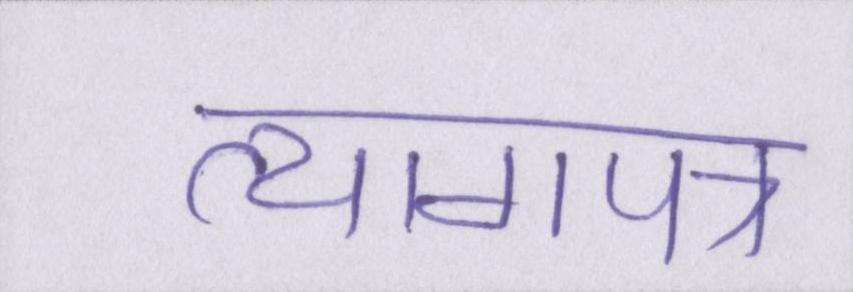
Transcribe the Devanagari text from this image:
त्यागपत्र